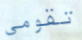
تقومي